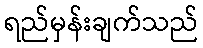
ရည်မှန်းချက်သည်